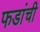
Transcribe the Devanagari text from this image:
फडांची